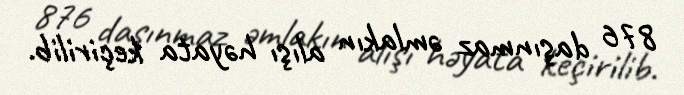
876 daşınmaz əmlakın alışı həyata keçirilib.